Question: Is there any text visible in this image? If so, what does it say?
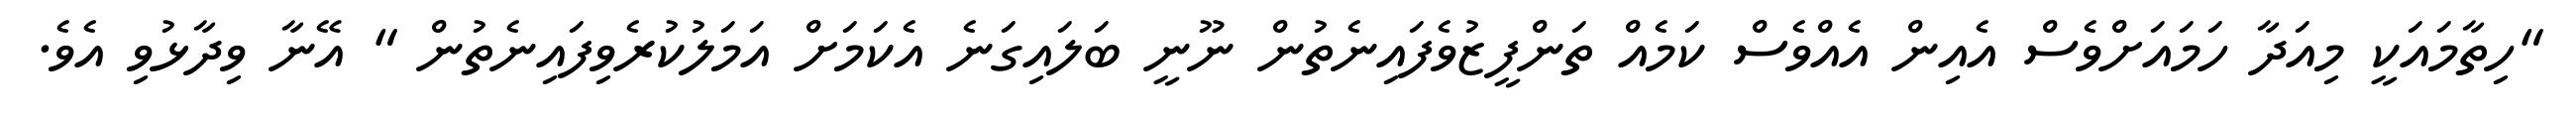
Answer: "ހިތާމައަކީ މިއަދާ ހަމައަށްވެސް އެއިން އެއްވެސް ކަމެއް ތަންފީޒުވެފައިނެތުން ނޫނީ ބަލައިގަނެ އެކަމަށް އަމަލުކުރެވިފައިނެތުން " އޭނާ ވިދާޅުވި އެވެ.